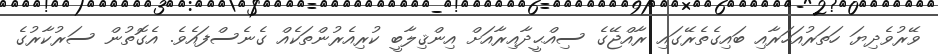
ވޭރުވެދިޔަ ހަތަރުއަހަރާއި ބައިގެތެރޭގައި ރާއްޖޭގެ ސިއްޙީދާއިރާއަށް އިންޤިލާބީ ކުރިއެރުންތަކެއް ގެނެސްފައެވެ. އެގޮތުން ސަރުކާރުގެ